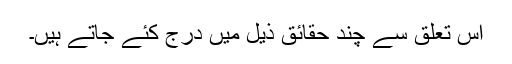
اس تعلق سے چند حقائق ذیل میں درج کئے جاتے ہیں۔